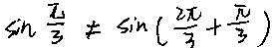
\sin \frac { \pi } { 3 } \neq \sin ( \frac { 2 \pi } { 3 } + \frac { \pi } { 3 } )